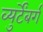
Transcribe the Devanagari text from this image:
व्युर्टेंबर्ग